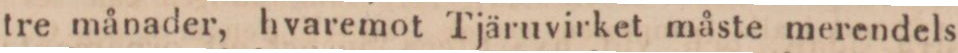
tre månader, hvaremot Tjäruvirket måste merendels